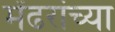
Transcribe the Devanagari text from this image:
मेंढरांच्या